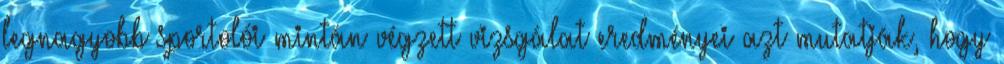
legnagyobb sportolói mintán végzett vizsgálat eredményei azt mutatják, hogy